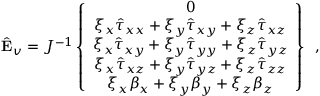
\hat { \mathbf { E } } _ { v } = J ^ { - 1 } \left\{ \begin{array} { c } { 0 } \\ { \xi _ { x } \hat { \tau } _ { x x } + \xi _ { y } \hat { \tau } _ { x y } + \xi _ { z } \hat { \tau } _ { x z } } \\ { \xi _ { x } \hat { \tau } _ { x y } + \xi _ { y } \hat { \tau } _ { y y } + \xi _ { z } \hat { \tau } _ { y z } } \\ { \xi _ { x } \hat { \tau } _ { x z } + \xi _ { y } \hat { \tau } _ { y z } + \xi _ { z } \hat { \tau } _ { z z } } \\ { \xi _ { x } { \beta } _ { x } + \xi _ { y } { \beta } _ { y } + \xi _ { z } { \beta } _ { z } } \end{array} \right\} \, \mathrm { ~ , ~ }